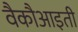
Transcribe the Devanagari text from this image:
वैकौआइती